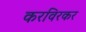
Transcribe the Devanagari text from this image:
करविरकर